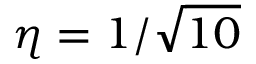
\eta = 1 / \sqrt { 1 0 }